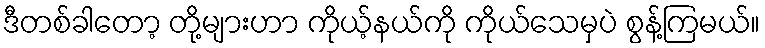
ဒီတစ်ခါတော့ တို့များဟာ ကိုယ့်နယ်ကို ကိုယ်သေမှပဲ စွန့်ကြမယ်။